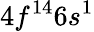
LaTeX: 4f^{14}6s^{1}